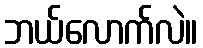
ဘယ်လောက်လဲ။